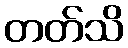
တတ်သိ